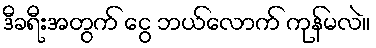
ဒီခရီးအတွက် ငွေ ဘယ်လောက် ကုန်မလဲ။